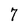
Character: 7